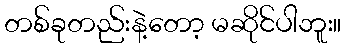
တစ်ခုတည်းနဲ့တော့ မဆိုင်ပါဘူး။